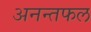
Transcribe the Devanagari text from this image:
अनन्तफल